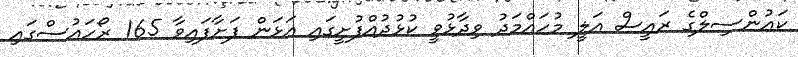
ކައުންސިލްގެ ރައީސް އަލީ މުހައްމަދު ވިދާޅުވީ ކުޅުދުއްފުށީގައި އަޅަން ފަށާފައިވާ 165 ރޯހައުސްގައި